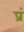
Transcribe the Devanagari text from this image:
प्रं